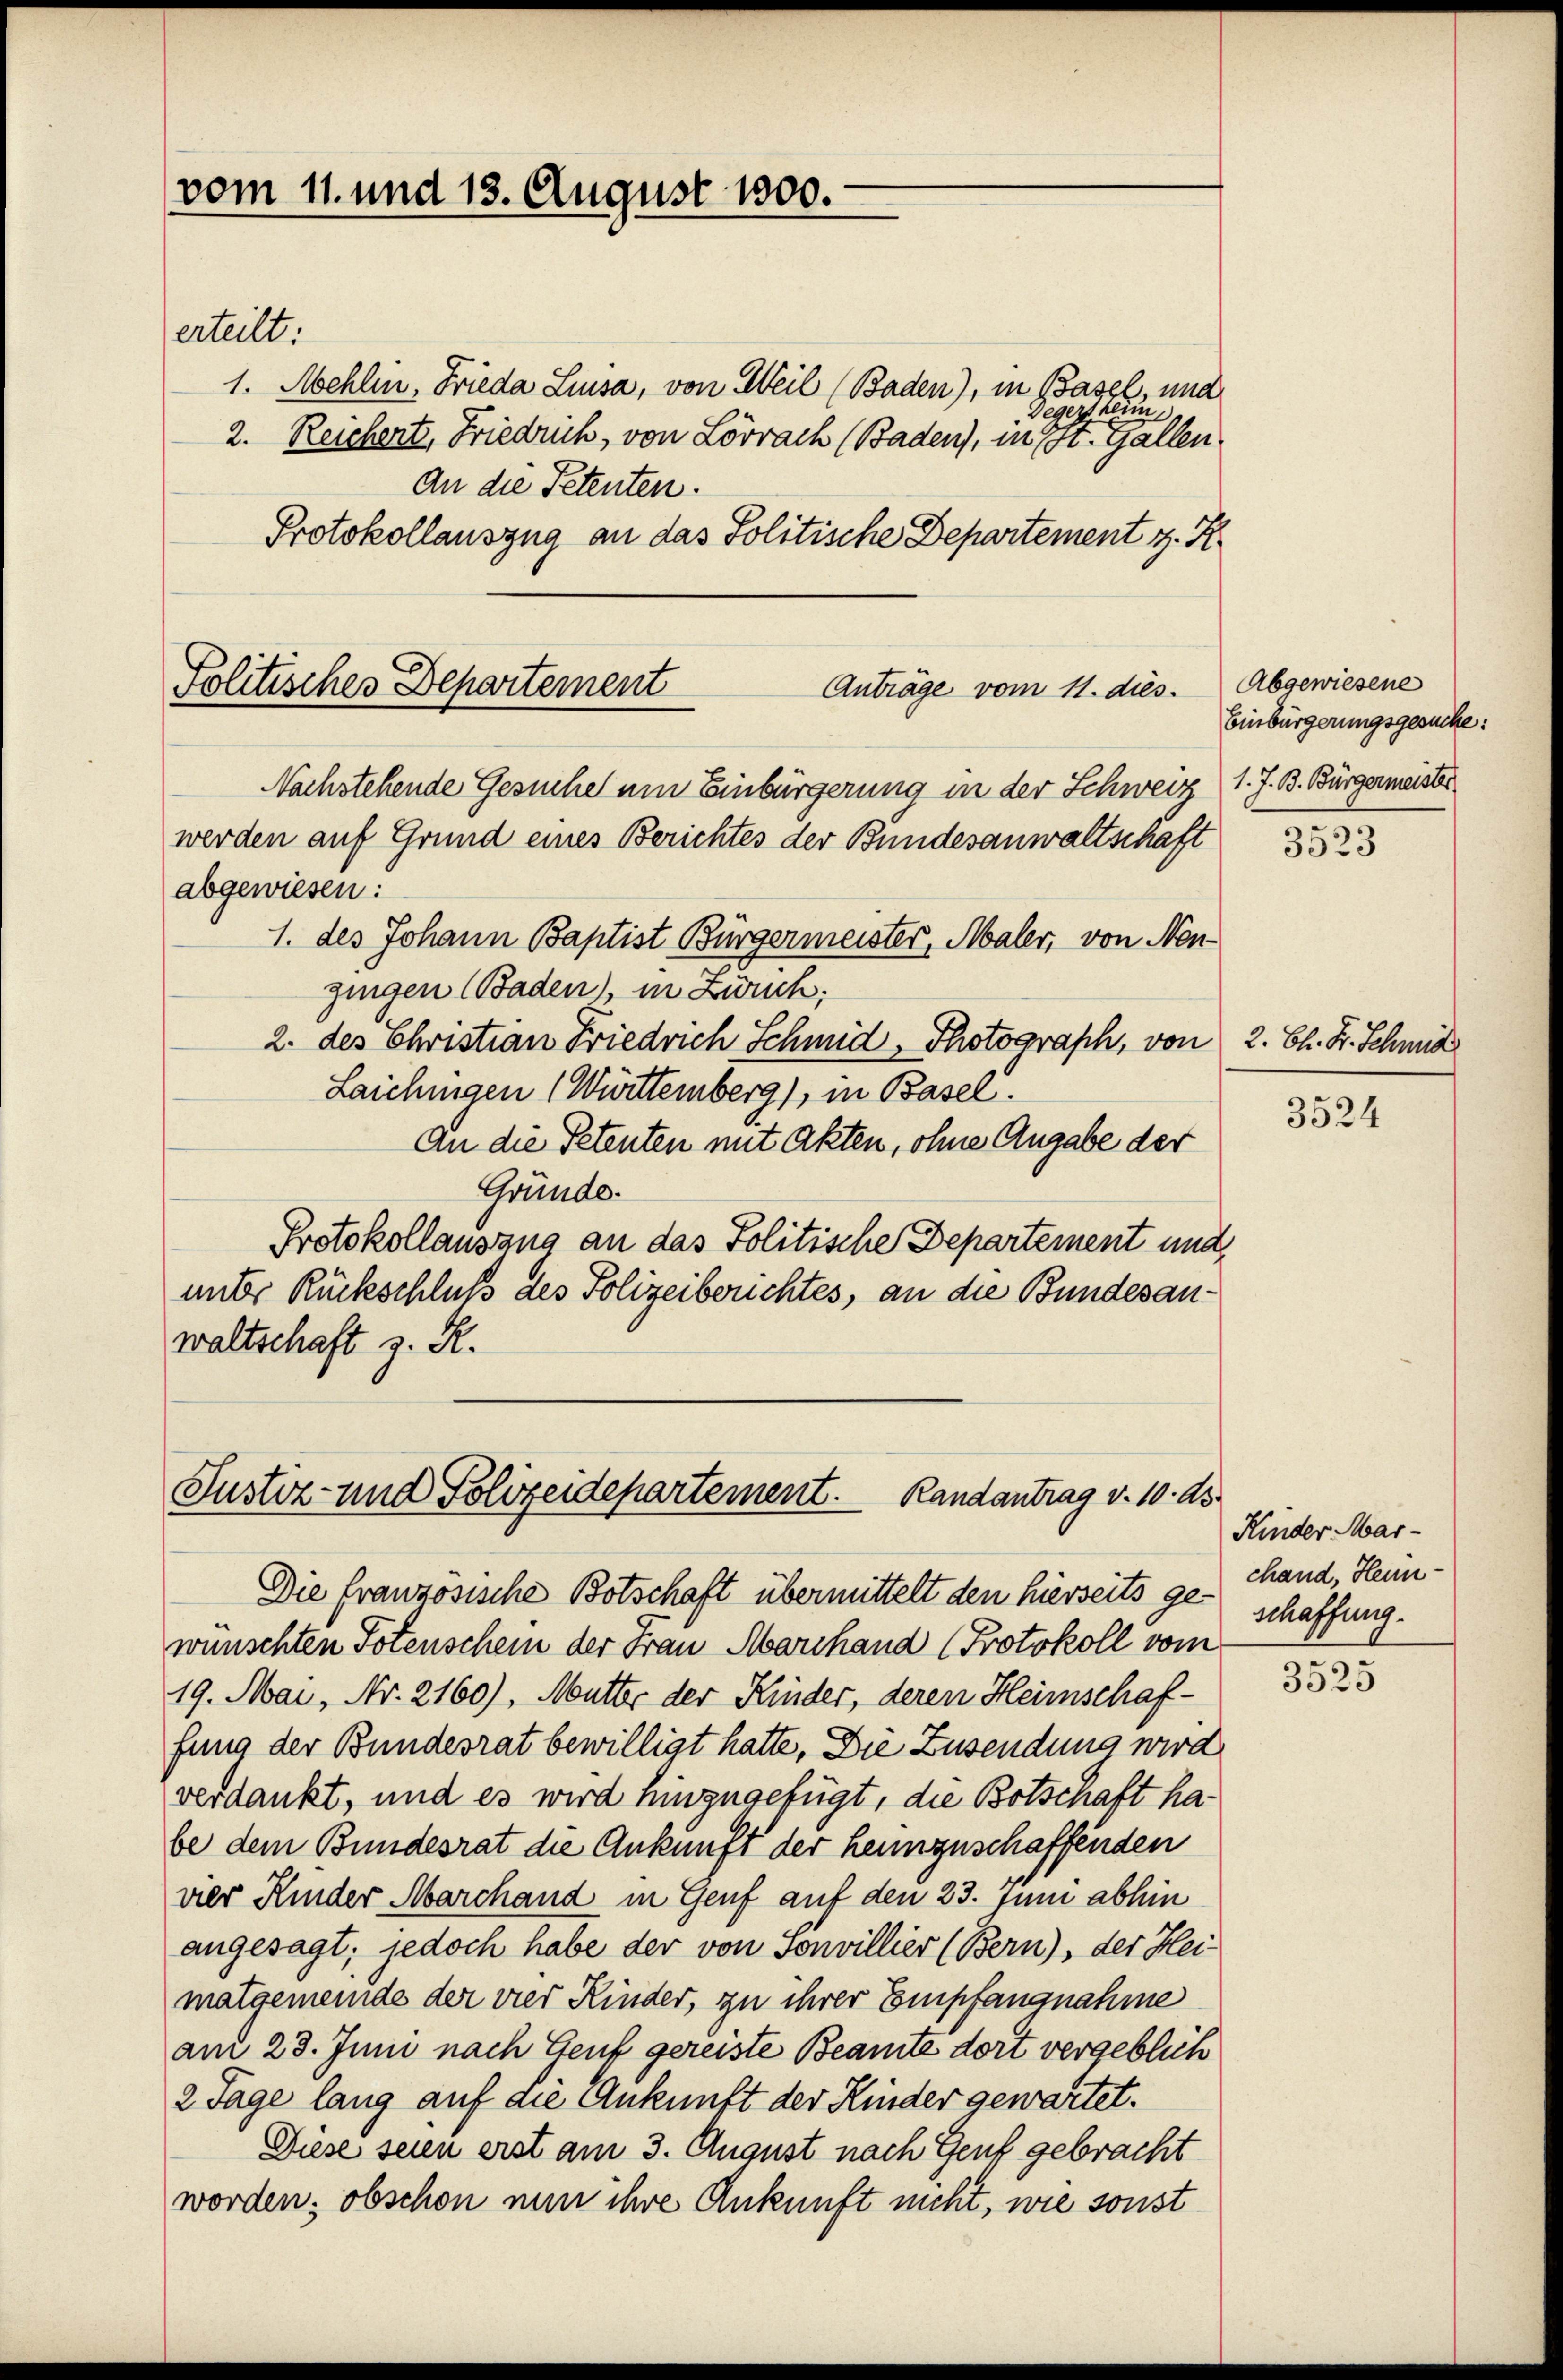
vom 11. und 13. August 1800.

erteilt:
1. Mehlin, Frieda Liusa, von Weil (Baden), in Basel, und
Gegenstern
2. Reichert, Friedrich, von Lörrach (Baden, in ist. Gallen
An die Petenten.
Protokollauszug an das Politische Departement z. K.

Politisches Departement
Anträge vom 11. dies

Nachstehende Gesuchel ein Einbürgerung in der Schweiz 1. J. B. Bürgermeister
werden auf Grund eines Berichtes der Bundesanwaltschaft
abgewiesen:
1. des Johann Baptist Bürgermeister, Maler, von Neugingen (Baden), in Zürich:
2. des Christian Friedrich Schmid, Photograph, von
Laichingen (Württemberg), in Basel.
An die Petenten mit Akten, ohne Angabe der
Gründe.
Protokollausang an das Politische Departement und
unter Rückschluß des Polizeiberichtes, an die Bundesanwaltschaft z. R.

Justiz- und Polizeidepartement. Randantrag v. 10. ds.

Abgewiesene
Einbürgerungsgesuche:

Die französische Botschaft übermittelt den hierseits ge-
wünschten Totenschein der Frau Marchand (Protokoll vom
19. Mai, Nr. 2160), Mutter der Kinder, deren Heimschaffung der Bundesrat bewilligt hatte. Die Zusendung wird
verdankt, und es wird hinzugefügt, die Botschaft habe dem Bundesrat die Ankunft der heimzuschaffenden
vier Kinder Marchand in Genf auf den 23. Juni abhin
angesagt; jedoch habe der von Sonvillier (Bern), der Heimatgemeinde der vier Kinder, zu ihrer Empfangnahme
am 23. Juni nach Genf gereiste Beamte dort vergeblich
2 Tage lang auf die Ankunft der Kinder gewartet.
Diese seien erst am 3. August nach Genf gebracht
worden; obschon nun ihre Ankunft nicht, wie sonst

3523

2. Bl. Hr. Schmid

3524

Kinder Marchand, Heunschaffung.

3525